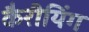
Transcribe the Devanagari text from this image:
कैरीयिंग